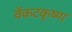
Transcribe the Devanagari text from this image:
वेंकटकृष्ण